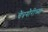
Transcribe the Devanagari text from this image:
चैत्रगौरीच्या